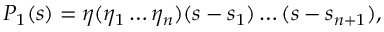
P _ { 1 } ( s ) = \eta ( \eta _ { 1 } \ldots \eta _ { n } ) ( s - s _ { 1 } ) \ldots ( s - s _ { n + 1 } ) ,